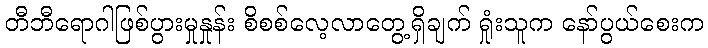
တီဘီရောဂါဖြစ်ပွားမှုနှုန်း စိစစ်လေ့လာတွေ့ရှိချက် ရှုံးသူက နော်ပွယ်စေးက